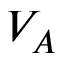
V _ { A }